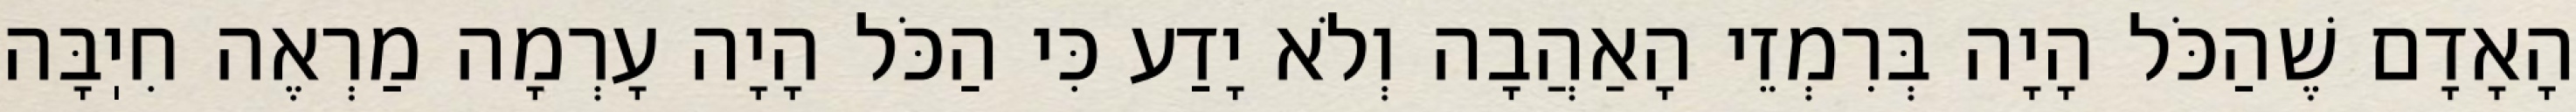
הָאָדָם שֶׁהַכֹּל הָיָה בְּרִמְזֵי הָאַהֲבָה וְלֹא יָדַע כִּי הַכֹּל הָיָה עָרְמָה מַרְאֶה חִיֽבָּה